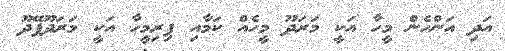
އަދި އަންހެން މީހާ އަކީ މަރަދޫ މީހެއް ކަމާއި ފިރިމީހާ އަކީ މަރަދޫފޭދޫ